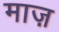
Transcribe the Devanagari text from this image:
माज़